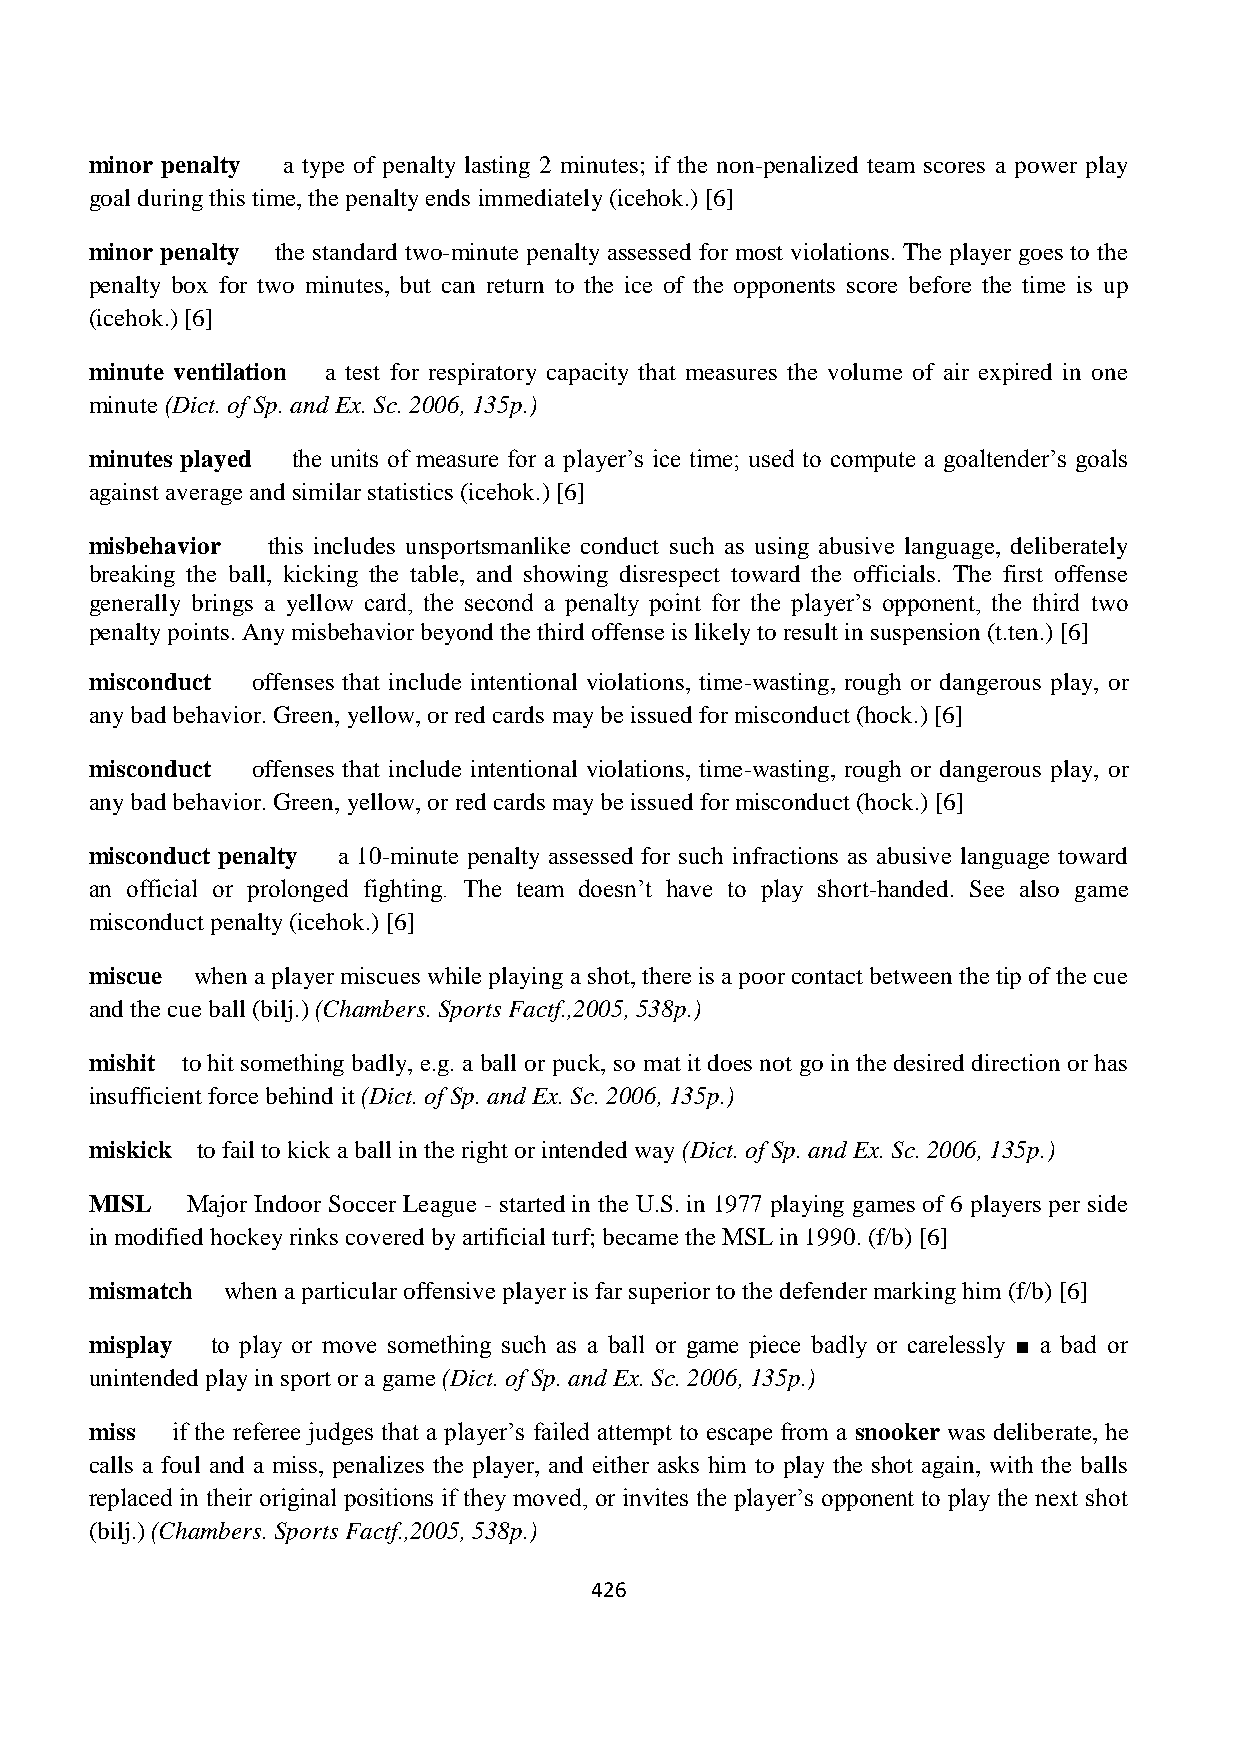
minor penalty a type of penalty lasting 2 minutes; if the non-penalized team scores a power play
 goal during this time, the penalty ends immediately (icehok.) [6]
 minor penalty the standard two-minute penalty assessed for most violations. The player goes to the
 penalty box for two minutes, but can return to the ice of the opponents score before the time is up
 (icehok.) [6]
 minute ventilation a test for respiratory capacity that measures the volume of air expired in one
 minute (Dict. of Sp. and Ex. Sc. 2006, 135p.)
 minutes played the units of measure for a player’s ice time; used to compute a goaltender’s goals
 against average and similar statistics (icehok.) [6]
 misbehavior this includes unsportsmanlike conduct such as using abusive language, deliberately
 breaking the ball, kicking the table, and showing disrespect toward the officials. The first offense
 generally brings a yellow card, the second a penalty point for the player’s opponent, the third two
 penalty points. Any misbehavior beyond the third offense is likely to result in suspension (t.ten.) [6]
 misconduct offenses that include intentional violations, time-wasting, rough or dangerous play, or
 any bad behavior. Green, yellow, or red cards may be issued for misconduct (hock.) [6]
 misconduct offenses that include intentional violations, time-wasting, rough or dangerous play, or
 any bad behavior. Green, yellow, or red cards may be issued for misconduct (hock.) [6]
 misconduct penalty a 10-minute penalty assessed for such infractions as abusive language toward
 an official or prolonged fighting. The team doesn’t have to play short-handed. See also game
 misconduct penalty (icehok.) [6]
 miscue when a player miscues while playing a shot, there is a poor contact between the tip of the cue
 and the cue ball (bilj.) (Chambers. Sports Factf.,2005, 538p.)
 mishit to hit something badly, e.g. a ball or puck, so mat it does not go in the desired direction or has
 insufficient force behind it (Dict. of Sp. and Ex. Sc. 2006, 135p.)
 miskick to fail to kick a ball in the right or intended way (Dict. of Sp. and Ex. Sc. 2006, 135p.)
 MISL  Major Indoor Soccer League - started in the U.S. in 1977 playing games of 6 players per side
 in modified hockey rinks covered by artificial turf; became the MSL in 1990. (f/b) [6]
 mismatch when a particular offensive player is far superior to the defender marking him (f/b) [6]
 misplay to play or move something such as a ball or game piece badly or carelessly ■ a bad or
 unintended play in sport or a game (Dict. of Sp. and Ex. Sc. 2006, 135p.)
 miss if the referee judges that a player’s failed attempt to escape from a snooker was deliberate, he
 calls a foul and a miss, penalizes the player, and either asks him to play the shot again, with the balls
 replaced in their original positions if they moved, or invites the player’s opponent to play the next shot
 (bilj.) (Chambers. Sports Factf.,2005, 538p.)
 426